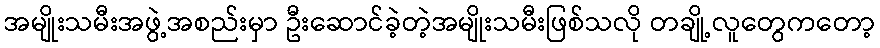
အမျိုးသမီးအဖွဲ့အစည်းမှာ ဦးဆောင်ခဲ့တဲ့အမျိုးသမီးဖြစ်သလို တချို့လူတွေကတော့